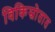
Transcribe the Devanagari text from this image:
विकिस्रोतात